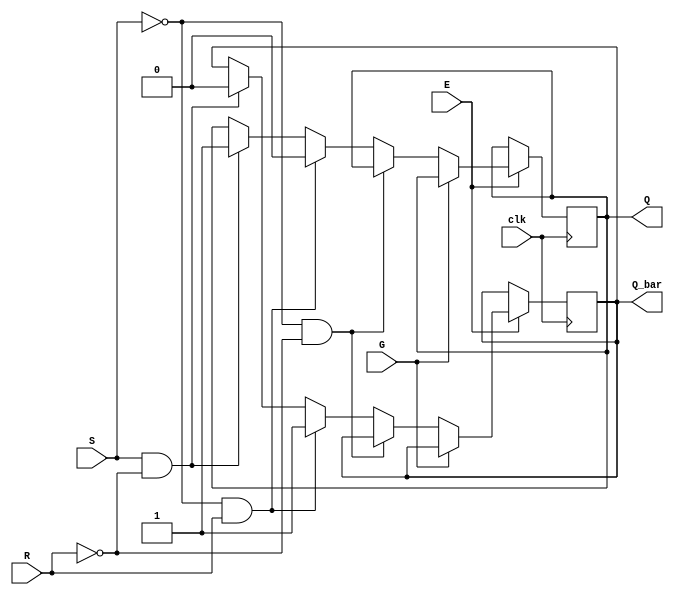
module Gated_SR_FF (
    input S,
    input R,
    input G,
    input E,
    input clk,
    output reg Q,
    output reg Q_bar
);

always @(posedge clk) begin
    if (E == 1'b1) begin
        if (G == 1'b0) begin
            if (S == 1'b0 && R == 1'b0) begin
                Q <= Q;
                Q_bar <= Q_bar;
            end else if (S == 1'b0 && R == 1'b1) begin
                Q <= 1'b0;
                Q_bar <= 1'b1;
            end else if (S == 1'b1 && R == 1'b0) begin
                Q <= 1'b1;
                Q_bar <= 1'b0;
            end else begin // S = 1, R = 1 -> invalid state, maintain Q and Q_bar
                Q <= Q;
                Q_bar <= Q_bar;
            end
        end else begin // Gated signal is asserted
            Q <= Q;
            Q_bar <= Q_bar;
        end
    end
end

endmodule